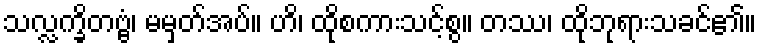
သလ္လက္ခိတဗ္ဗံ၊ မမှတ်အပ်။ ဟိ၊ ထိုစကားသင့်စွ။ တဿ၊ ထိုဘုရားသခင်၏။